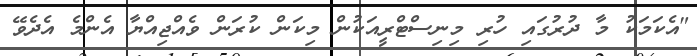
"އެކަމަކު މާ ދުރުގައި ހުރި މިނިސްޓްރީއަކުން މިކަން ކުރަން ވެއްޖިއްޔާ އެންމެ އެދެވޭ